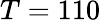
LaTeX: T=110